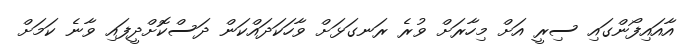
އާއައިފޯންގައި ސިރީ އަށް މިހާރަށް ވުރެ ރަނގަޅަށް ވާހަކަދައްކަން ދަސްކޮށްދީފައި ވާނެ ކަމަށް